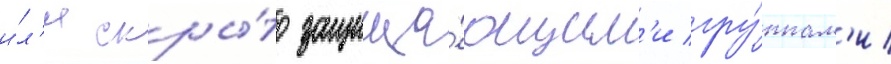
и́л'и скры́то защища́ющим'и гру́ппам'и